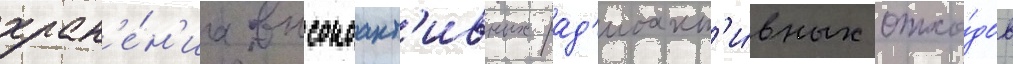
хран'е́н'иа высокоакт'ивных рад'иоакт'и́вных отхо́дов